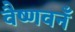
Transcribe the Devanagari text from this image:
वैष्णवनँ